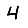
Digit: 4